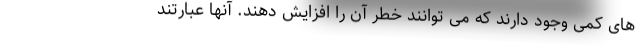
های کمی وجود دارند که می توانند خطر آن را افزایش دهند. آنها عبارتند